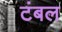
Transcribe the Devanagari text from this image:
टंबल